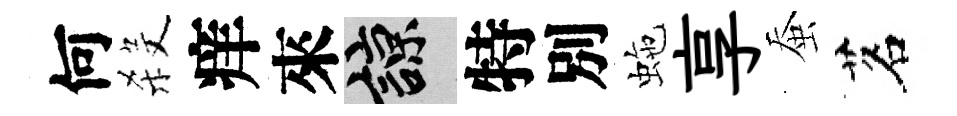
何殺痒來諒特別虵享蚕茗